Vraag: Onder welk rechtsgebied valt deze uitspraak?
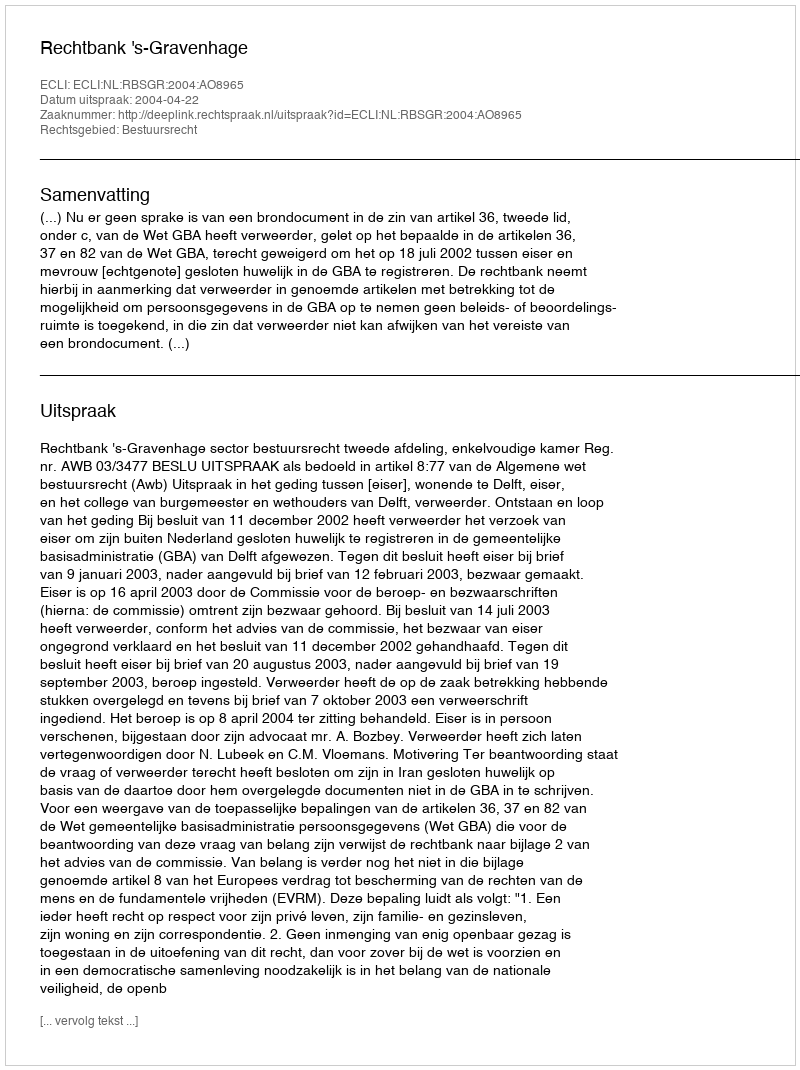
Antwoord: Bestuursrecht